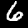
Label: 6